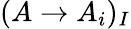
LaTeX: (A\to A_{i})_{I}